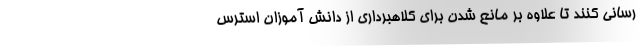
رسانی کنند تا علاوه بر مانع شدن برای کلاهبرداری از دانش آموزان استرس